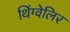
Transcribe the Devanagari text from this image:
थिंग्वेलिर